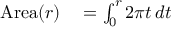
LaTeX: \begin{array} { r l } { \mathrm { A r e a } ( r ) } & { { } { } = \int _ { 0 } ^ { r } 2 \pi t \, d t } \end{array}